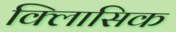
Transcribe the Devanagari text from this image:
क्लािसिक